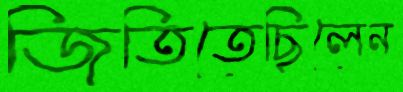
জিতিতেছিলেন